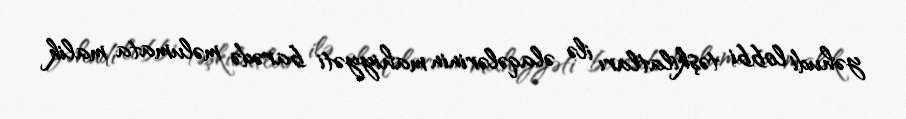
yəhudi lobbi təşkilatları ilə əlaqələrinin mahiyyəti barədə məlumata malik